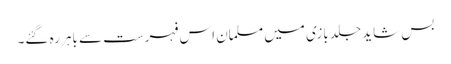
بس شاید جلد بازی میں مسلمان اس فہرست سے باہر رہ گئے۔